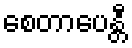
စေတာပေန္တီ